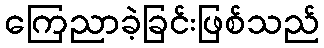
ကြေညာခဲ့ခြင်းဖြစ်သည်